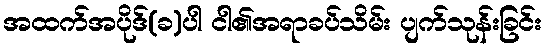
အထက်အပိုဒ်(ခ)ပါ ငါ၏အရာခပ်သိမ်း ပျက်သုန်းခြင်း